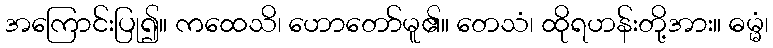
အကြောင်းပြု၍။ ကထေသိ၊ ဟောတော်မူ၏။ တေသံ၊ ထိုရဟန်းတို့အား။ ဓမ္မံ၊